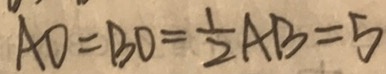
A O = B O = \frac { 1 } { 2 } A B = 5